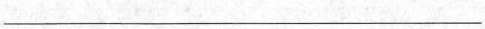
___